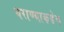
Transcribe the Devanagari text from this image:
घराण्याकडेच